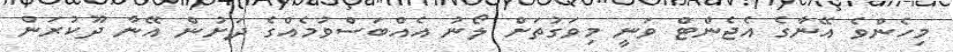
މިހެންވެ އޭނާގެ އެޖެންޓް ވަނީ މިވަގުތަށް ލޯނު އެއްބަސްވުމެއްގެ ދަށުން އޭނާ ދޫކުރަން